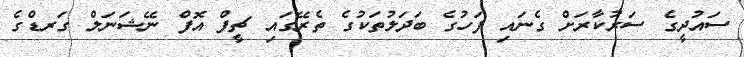
ސައުދީގެ ސަރުކާރަށް ގެނައި ފަހުގެ ބަދަލުތަކުގެ ތެރޭގައި ޗީފް އޮފް ނޭޝަނަލް ގަރޑްގެ